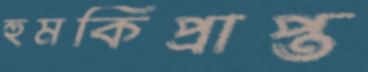
হুমকিপ্রাপ্ত